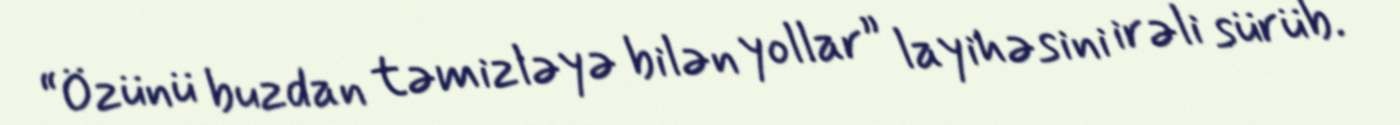
“Özünü buzdan təmizləyə bilən yollar” layihəsini irəli sürüb.